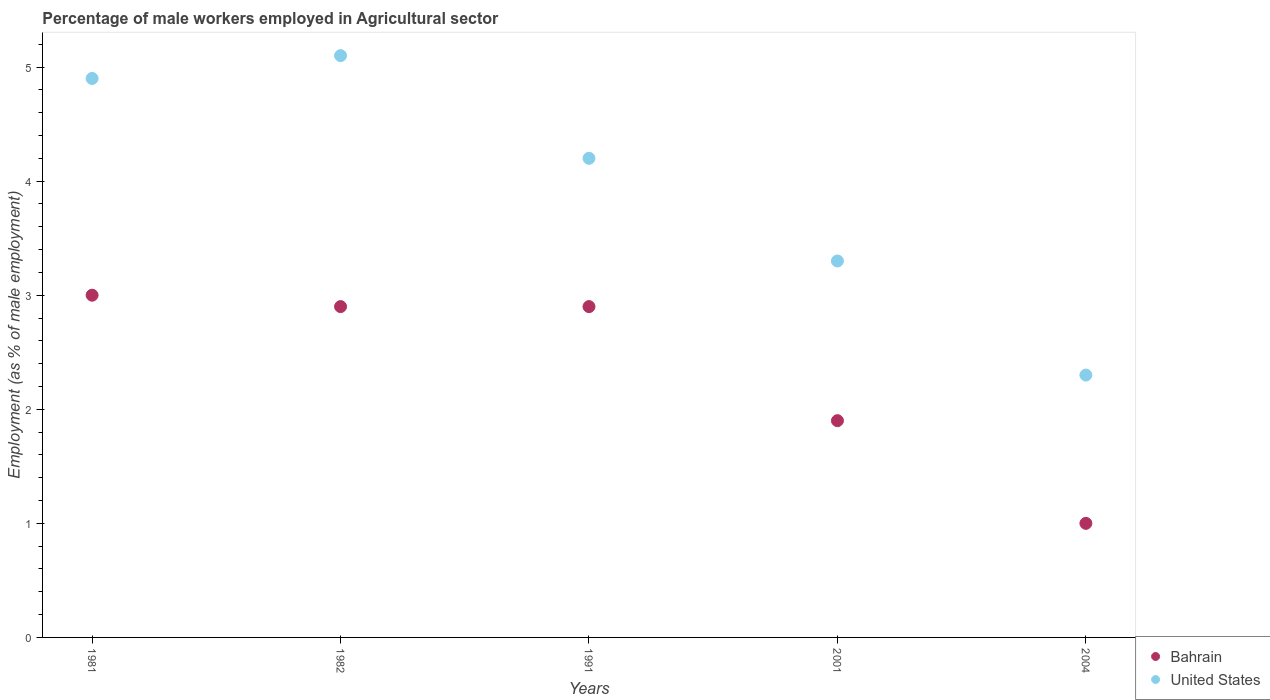
| Years | Bahrain | United States |
 | --- | --- | --- |
 | 1981 | 3 | 4.9 |
 | 1982 | 2.9 | 5.1 |
 | 1991 | 2.9 | 4.2 |
 | 2001 | 1.9 | 3.3 |
 | 2004 | 1 | 2.3 |